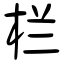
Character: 栏